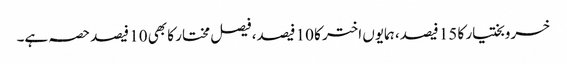
خسروبختیار کا 15 فیصد، ہمایوں اختر کا 10 فیصد، فیصل مختار کا بھی 10 فیصد حصہ ہے۔